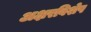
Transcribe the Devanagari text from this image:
अक्षरविशेष